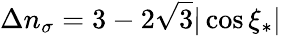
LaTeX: \Delta n_{\sigma}=3-2\sqrt{3}|\cos\xi_{*}|